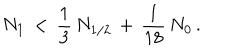
N _ { 1 } \, < \, \frac { 1 } { 3 } \, N _ { 1 / 2 } \, + \, \frac { 1 } { 1 8 } \, N _ { 0 } \, .